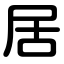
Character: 居